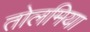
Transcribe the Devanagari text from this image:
तोलमिया